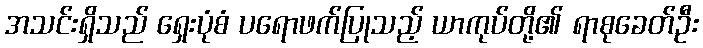
အသင်းရှိသည် ရှေးပုံစံ ပရောဖက်ပြုသည့် ယာကုပ်တို့၏ ရာစုခေတ်ဦး